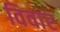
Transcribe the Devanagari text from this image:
विवार